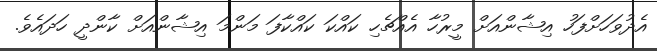
އެދުވަހަށްފަހު އިޝާންއަށް މީރުހާ އެއްޗެހި ކައްކަ ކައްކާފަ މަންމަ އިޝާންއަށް ކާންދީ ހަދައެވެ.